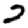
Digit: 2